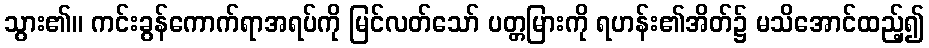
သွား၏။ ကင်းခွန်ကောက်ရာအရပ်ကို မြင်လတ်သော် ပတ္တမြားကို ရဟန်း၏အိတ်၌ မသိအောင်ထည့်၍